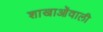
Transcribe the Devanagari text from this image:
शाखाओंवाली